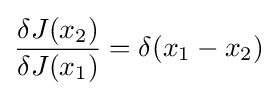
{\frac {\delta J(x_{2})}{\delta J(x_{1})}}=\delta (x_{1}-x_{2})